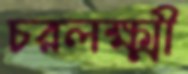
চরলক্ষ্মী